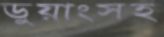
ডুয়াংসহ